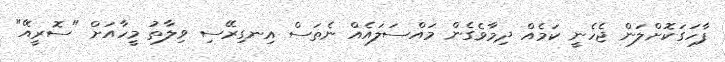
ފާހަގަކޮށްލަން ޖެހެނީ ކަމެއް ދިމާވެގެން މައްސަލައެއް ނެތަސް އިނގިރޭސި ވިލާތު މީހާއަށް "ސޮރީއޭ"